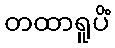
တထာရူပိံ